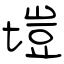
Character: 塏